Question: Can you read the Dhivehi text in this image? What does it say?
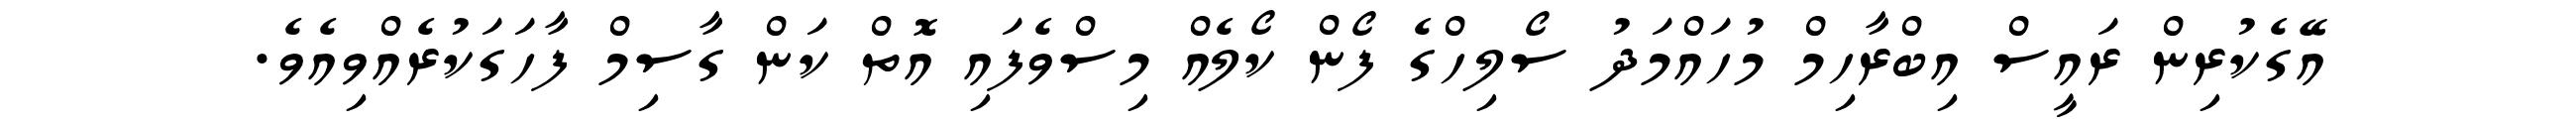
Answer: އޭގެކުރިން ރައީސް އިބްރާހިމް މުހައްމަދު ސޯލިހްގެ ފޯން ކޯލެއް މިސްވެފައި އޮތް ކަން ގާސިމް ފާހަގަކުރެއްވިއެވެ.